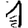
Digit: 1